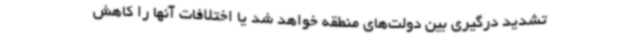
تشدید درگیری بین دولت‌های منطقه خواهد شد یا اختلافات آنها را کاهش